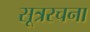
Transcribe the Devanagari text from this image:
सूत्ररचना